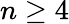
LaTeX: n\geq 4